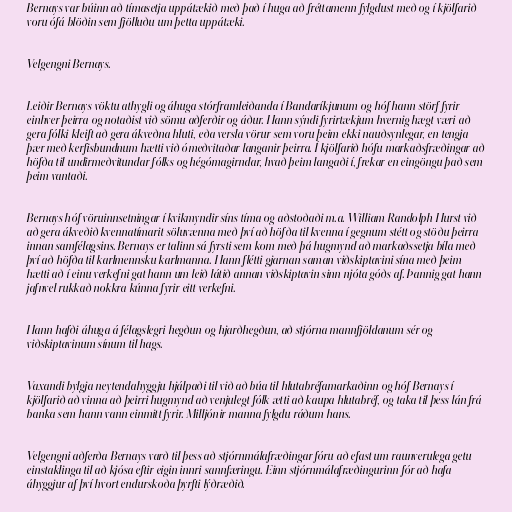
Bernays var búinn að tímasetja uppátækið með það í huga að fréttamenn fylgdust með og í kjölfarið
voru ófá blöðin sem fjölluðu um þetta uppátæki.

Velgengni Bernays.

Leiðir Bernays vöktu athygli og áhuga stórframleiðanda í Bandaríkjunum og hóf hann störf fyrir
einhver þeirra og notaðist við sömu aðferðir og áður. Hann sýndi fyrirtækjum hvernig hægt væri að
gera fólki kleift að gera ákveðna hluti, eða versla vörur sem voru þeim ekki nauðsynlegar, en tengja
þær með kerfisbundnum hætti við ómeðvitaðar langanir þeirra. Í kjölfarið hófu markaðsfræðingar að
höfða til undirmeðvitundar fólks og hégómagirndar, hvað þeim langaði í, frekar en eingöngu það sem
þeim vantaði.

Bernays hóf vöruinnsetningar í kvikmyndir síns tíma og aðstoðaði m.a. William Randolph Hurst við
að gera ákveðið kvennatímarit söluvænna með því að höfða til kvenna í gegnum stétt og stöðu þeirra
innan samfélagsins. Bernays er talinn sá fyrsti sem kom með þá hugmynd að markaðssetja bíla með
því að höfða til karlmennsku karlmanna. Hann flétti gjarnan saman viðskiptavini sína með þeim
hætti að í einu verkefni gat hann um leið látið annan viðskiptavin sinn njóta góðs af. Þannig gat hann
jafnvel rukkað nokkra kúnna fyrir eitt verkefni.

Hann hafði áhuga á félagslegri hegðun og hjarðhegðun, að stjórna mannfjöldanum sér og
viðskiptavinum sínum til hags.

Vaxandi bylgja neytendahyggju hjálpaði til við að búa til hlutabréfamarkaðinn og hóf Bernays í
kjölfarið að vinna að þeirri hugmynd að venjulegt fólk ætti að kaupa hlutabréf, og taka til þess lán frá
banka sem hann vann einmitt fyrir. Milljónir manna fylgdu ráðum hans.

Velgengni aðferða Bernays varð til þess að stjórnmálafræðingar fóru að efast um raunverulega getu
einstaklinga til að kjósa eftir eigin innri sannfæringu. Einn stjórnmálafræðingurinn fór að hafa
áhyggjur af því hvort endurskoða þyrfti lýðræðið.